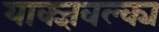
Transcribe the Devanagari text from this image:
याक्ज्ञवल्क्य